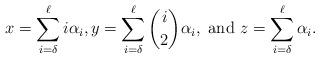
LaTeX: \begin{align*}x=\sum_{i=\delta}^\ell i\alpha_i,y=\sum_{i=\delta}^{\ell}{i\choose2}\alpha_i,\mbox { and } z=\sum_{i=\delta}^{\ell} \alpha_i.\end{align*}